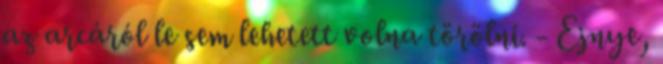
az arcáról le sem lehetett volna törölni. - Ejnye,